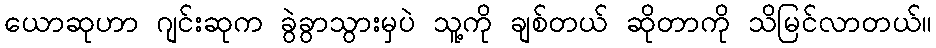
ယောဆုဟာ ဂျင်းဆုက ခွဲခွာသွားမှပဲ သူ့ကို ချစ်တယ် ဆိုတာကို သိမြင်လာတယ်။